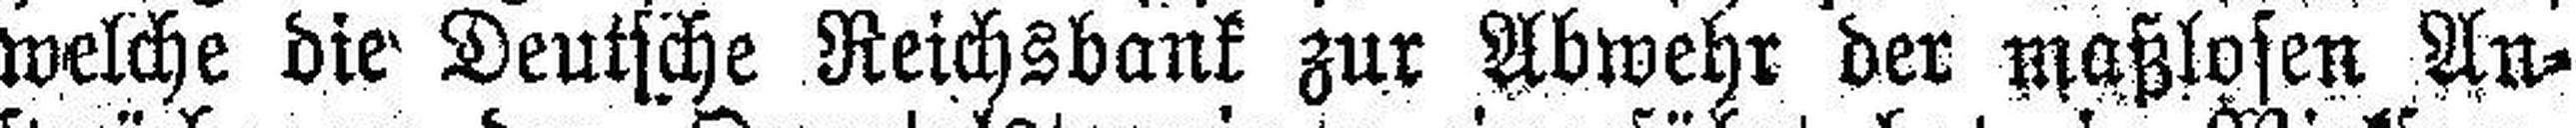
welche die Deutsche Reichsbank zur Abwehr der maßlosen An¬